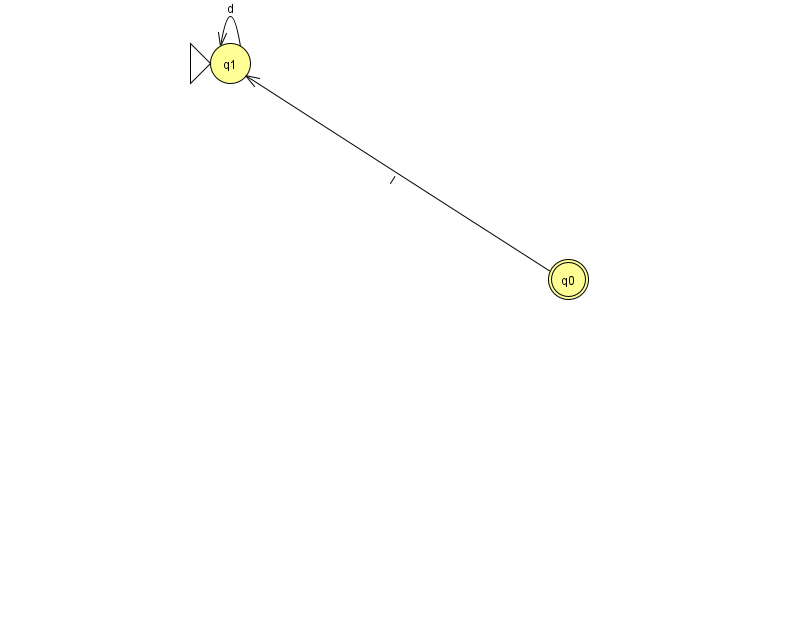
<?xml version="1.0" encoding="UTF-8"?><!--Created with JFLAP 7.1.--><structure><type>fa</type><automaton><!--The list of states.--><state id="0" name="q0"><x>568.0</x><y>266.0</y><final/></state><state id="1" name="q1"><x>230.0</x><y>50.0</y><initial/></state><!--The list of transitions.--><transition><from>1</from><to>1</to><read>d</read></transition><transition><from>0</from><to>1</to><read>I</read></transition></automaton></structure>